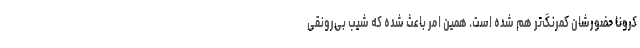
کرونا حضورشان کمرنگ‌تر هم شده است. همین امر باعث شده که شیب بی‌رونقی